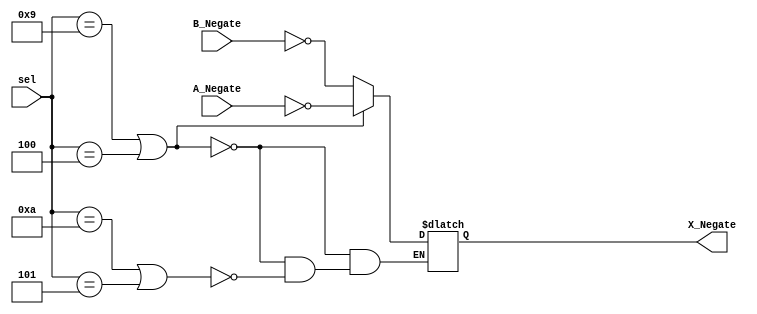
`timescale 1ns / 1ps
//////////////////////////////////////////////////////////////////////////////////

module Negate(
	 input wire [5:0] A_Negate, B_Negate, 
	 input [3:0] sel,
	 output [5:0] X_Negate
    );
	 reg [5:0] temp; // temp value used to store the value before assigning to the output wire X_Negate
	 
	 // 4 selection values are used as this module is instantiated by the minus conversion module aswell 
	 always @*
	if (sel == 4'b1001 || sel == 4'b0100)     
		temp = ~A_Negate; // negate operator

	else if (sel == 4'b1010 || sel == 4'b0101)
		temp = ~B_Negate; // negate operator
		
assign X_Negate = temp;		
		
endmodule